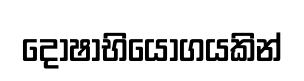
දෝෂාභියෝගයකින්